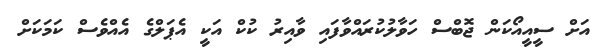
އަށް ސީއީއޯކަން ޖޮބްސް ހަވާލުކުރައްވާފައި ވާއިރު ކުކް އަކީ އެޕަލްގެ އެއްވެސް ކަމަކަށް